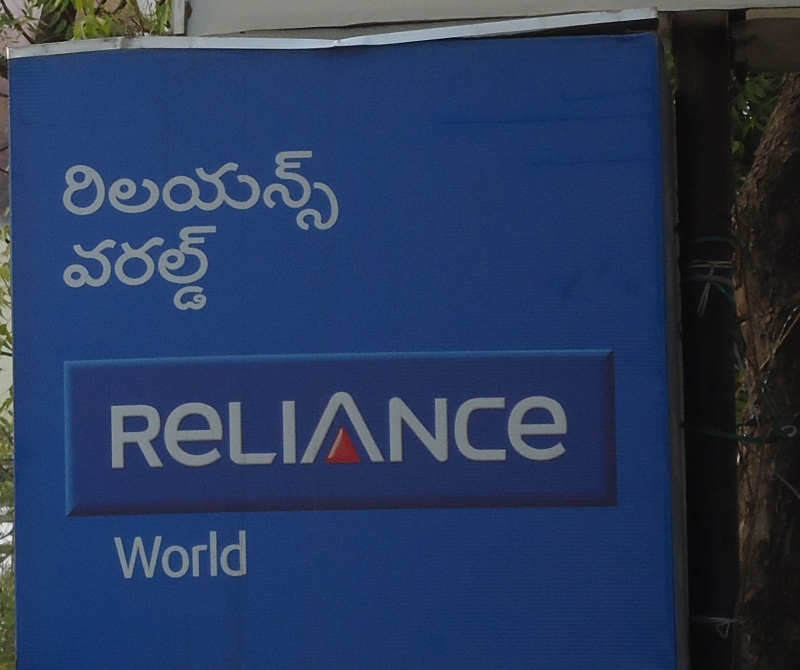
Language: telugu
Transcription: రిలయన్స్ వరల్డ్